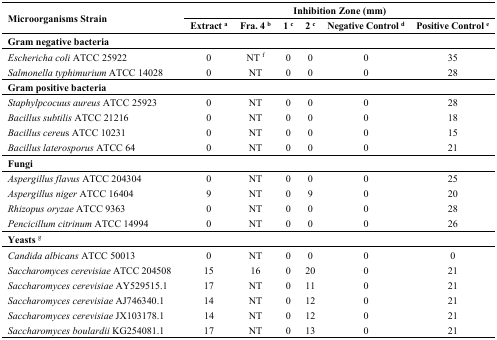
| <ROWSPAN=2> Microorganisms Strain | <COLSPAN=6> Inhibition Zone (mm) |
 | Extract a | Fra. 4 b | 1 c | 2 c | Negative Control d | Positive Control e |
 | --- | --- | --- | --- | --- | --- | --- |
 | Gram negative bacteria |  |  |  |  |  |  |
 | Eschericha coli ATCC 25922 | 0 | NT f | 0 | 0 | 0 | 35 |
 | Salmonella typhimurium ATCC 14028 | 0 | NT | 0 | 0 | 0 | 28 |
 | Gram positive bacteria |  |  |  |  |  |  |
 | Staphylpcocuus aureus ATCC 25923 | 0 | NT | 0 | 0 | 0 | 28 |
 | Bacillus subtilis ATCC 21216 | 0 | NT | 0 | 0 | 0 | 18 |
 | Bacillus cereus ATCC 10231 | 0 | NT | 0 | 0 | 0 | 15 |
 | Bacillus laterosporus ATCC 64 | 0 | NT | 0 | 0 | 0 | 21 |
 | Fungi |  |  |  |  |  |  |
 | Aspergillus flavus ATCC 204304 | 0 | NT | 0 | 0 | 0 | 25 |
 | Aspergillus niger ATCC 16404 | 9 | NT | 0 | 9 | 0 | 20 |
 | Rhizopus oryzae ATCC 9363 | 0 | NT | 0 | 0 | 0 | 28 |
 | Pencicillum citrinum ATCC 14994 | 0 | NT | 0 | 0 | 0 | 26 |
 | Yeasts g |  |  |  |  |  |  |
 | Candida albicans ATCC 50013 | 0 | NT | 0 | 0 | 0 | 0 |
 | Saccharomyces cerevisiae ATCC 204508 | 15 | 16 | 0 | 20 | 0 | 21 |
 | Saccharomyces cerevisiae AY529515.1 | 17 | NT | 0 | 11 | 0 | 21 |
 | Saccharomyces cerevisiae AJ746340.1 | 14 | NT | 0 | 12 | 0 | 21 |
 | Saccharomyces cerevisiae JX103178.1 | 14 | NT | 0 | 12 | 0 | 21 |
 | Saccharomyces boulardii KG254081.1 | 17 | NT | 0 | 13 | 0 | 21 |